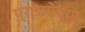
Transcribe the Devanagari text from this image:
प्रछायेच्या